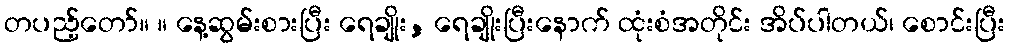
တပည့်တော်။ ။ နေ့ဆွမ်းစားပြီး ရေချိုး, ရေချိုးပြီးနောက် ထုံးစံအတိုင်း အိပ်ပါတယ်၊ စောင်းပြီး